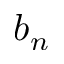
b _ { n }